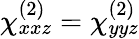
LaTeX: \chi_{xxz}^{(2)}=\chi_{yyz}^{(2)}